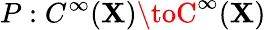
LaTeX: P:C^{\infty}(\mathbf{X})\toC^{\infty}(\mathbf{X})